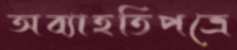
অব্যাহতিপত্রে